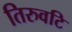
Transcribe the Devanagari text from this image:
तिरुवटि